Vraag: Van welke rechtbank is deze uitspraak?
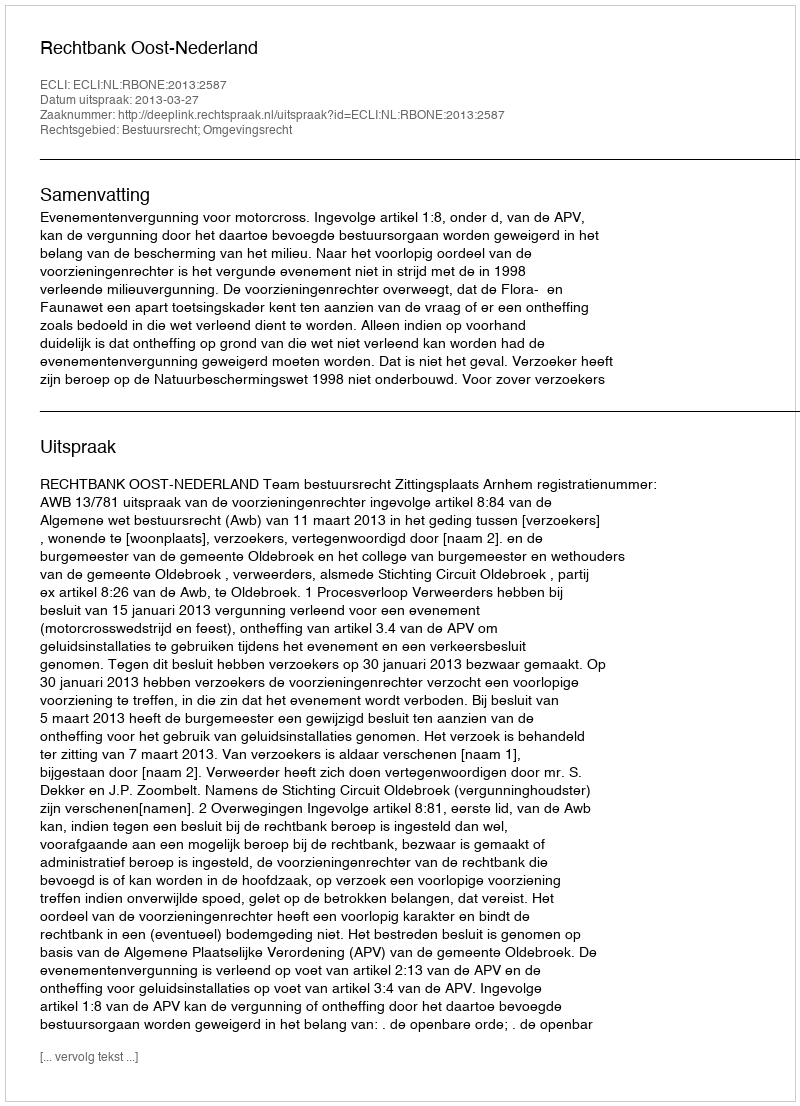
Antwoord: Rechtbank Oost-Nederland